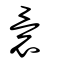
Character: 睘